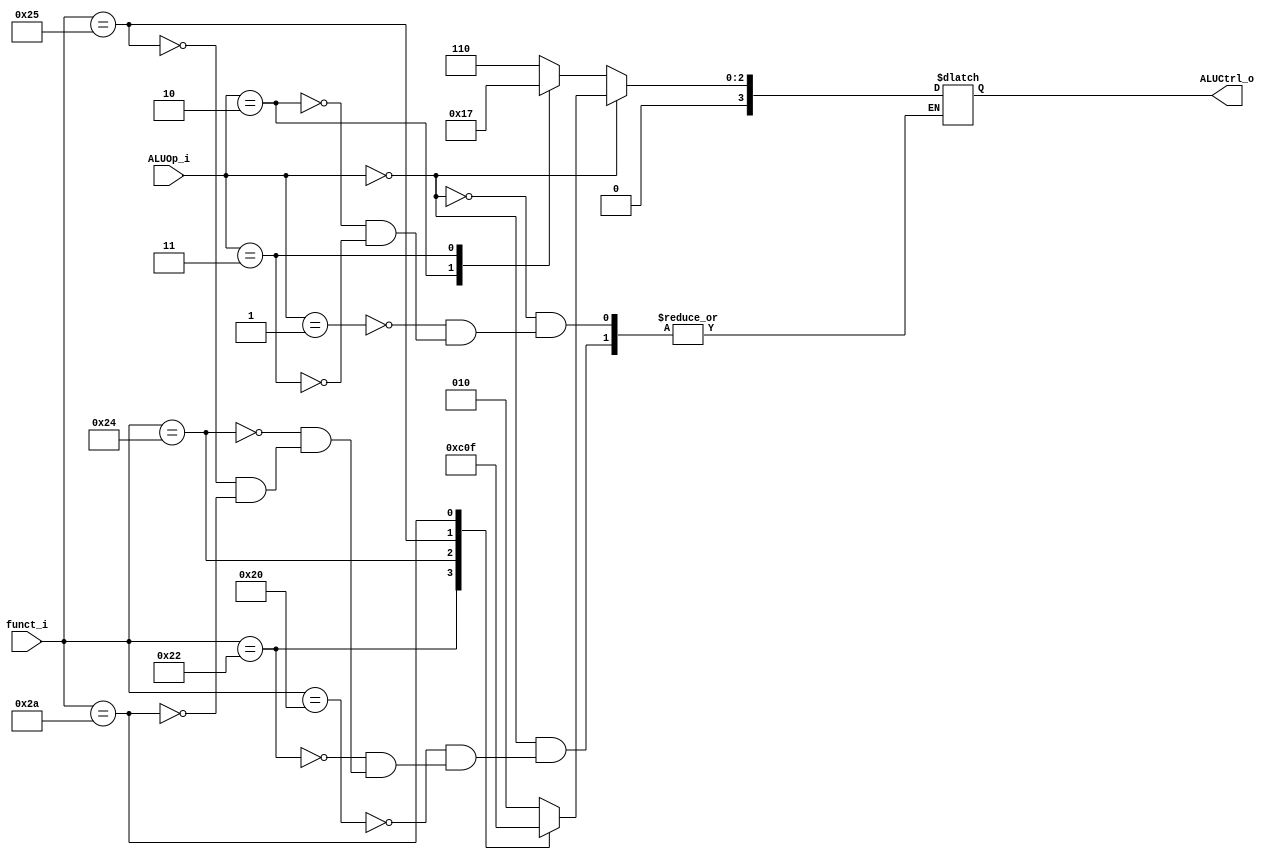
//  0516205  0516228
//Subject:     CO project 2 - ALU Controller
//--------------------------------------------------------------------------------
//Version:     1
//--------------------------------------------------------------------------------
//Writer:      
//----------------------------------------------
//Date:        
//----------------------------------------------
//Description: 
//--------------------------------------------------------------------------------

module ALU_Ctrl(
          funct_i,
          ALUOp_i,
          ALUCtrl_o
          );
          
//I/O ports 
input      [6-1:0] funct_i;
input      [3-1:0] ALUOp_i;

output     [4-1:0] ALUCtrl_o;    
     
//Internal Signals
reg        [4-1:0] ALUCtrl_o;

//Parameter
parameter ALU_AND  = 4'd0;
parameter ALU_OR   = 4'd1;
parameter ALU_ADD  = 4'd2;
parameter ALU_SUB  = 4'd6;
parameter ALU_SLT  = 4'd7;
parameter ALU_NOR  = 4'd12;    
parameter ALU_BEQ  = 4'd6;   
parameter ALU_ADDI = 4'd2;
parameter ALU_SLTI = 4'd7;
//Select exact operation
always @(*) begin
	if(ALUOp_i == 3'b000) begin
		case(funct_i)
			6'd32: ALUCtrl_o <= ALU_ADD;
			6'd34: ALUCtrl_o <= ALU_SUB;
			6'd36: ALUCtrl_o <= ALU_AND;
			6'd37: ALUCtrl_o <= ALU_OR;
			6'd42: ALUCtrl_o <= ALU_SLT;
		endcase
	end

	else begin
		case(ALUOp_i) 
			3'b001: ALUCtrl_o <= ALU_BEQ;
			3'b010: ALUCtrl_o <= ALU_ADDI;
			3'b011: ALUCtrl_o <= ALU_SLTI;
		endcase
	end
end


endmodule